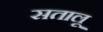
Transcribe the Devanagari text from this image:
सतालू